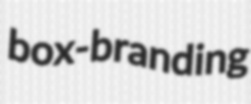
box-branding